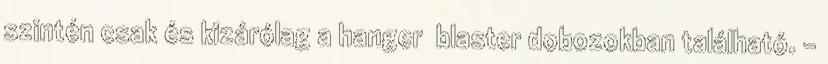
szintén csak és kizárólag a hanger blaster dobozokban található. –